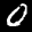
Label: 0